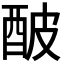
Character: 𨠜